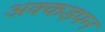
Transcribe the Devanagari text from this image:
अक्कड़पन